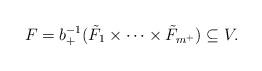
LaTeX: \begin{align*} F = b_+^{-1}(\tilde{F}_1 \times \cdots \times \tilde{F}_{m^+}) \subseteq V.\end{align*}